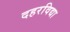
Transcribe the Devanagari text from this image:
दहरविद्या